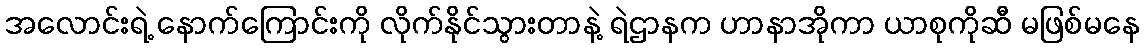
အလောင်းရဲ့ နောက်ကြောင်းကို လိုက်နိုင်သွားတာနဲ့ ရဲဌာနက ဟာနာအိုကာ ယာစုကိုဆီ မဖြစ်မနေ